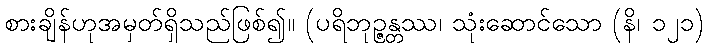
စားချိန်ဟုအမှတ်ရှိသည်ဖြစ်၍။ (ပရိဘုဉ္ဇန္တဿ၊ သုံးဆောင်သော (နိ၊ ၁၂၁)